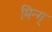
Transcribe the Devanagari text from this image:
मिन्ग्